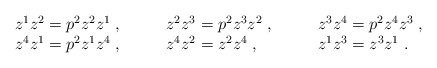
\begin{align*}\begin{array}{lll}z^1z^{2}=p^{2}z^{2}z^1 \;,\qquad & z^{2}z^{3}=p^{2}z^{3}z^{2} \;,\qquad & z^{3}z^{4}=p^{2}z^{4}z^{3}\;,\\z^{4}z^1=p^{2}z^1z^{4} \;,\qquad & z^{4}z^{2}=z^{2}z^{4} \;,\qquad & z^1z^{3}=z^{3}z^1 \;.\end{array}\end{align*}